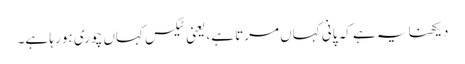
دیکھنا یہ ہے کہ پانی کہاں مرتا ہے، یعنی ٹیکس کہاں چوری ہو رہا ہے۔